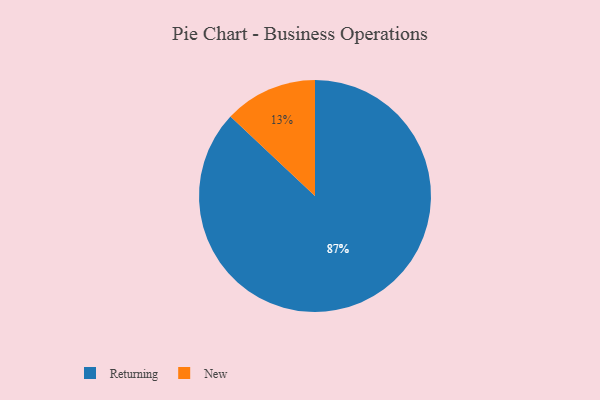
{"axis": {"x": "Category", "y": "Percentage"}, "legend": ["New", "Returning"], "data": [{"x": "Returning", "y": 87, "type": "Returning"}, {"x": "New", "y": 13, "type": "New"}]}